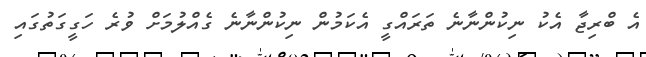
އެ ބްރިޖާ އެކު ނިކުންނާނެ ތަރައްގީ އެކަމުން ނިކުންނާނެ ގެއްލުމަށް ވުރެ ހަގީގަތުގައި